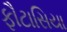
ફૌટાસિયા